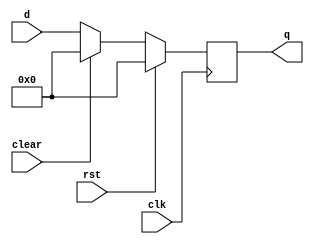
`timescale 1ns/1ps
//  reset  clear 
module floprc #(parameter WIDTH = 32) (
    input wire clk,rst,clear,
    input wire[WIDTH-1:0]d,
    output reg[WIDTH-1:0]q
);
    always @(posedge clk) begin
        if(rst) q<=0;
        else if (clear) q<=0;
        else q<=d;
    end
    
endmodule